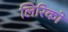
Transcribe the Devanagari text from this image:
लिरिको